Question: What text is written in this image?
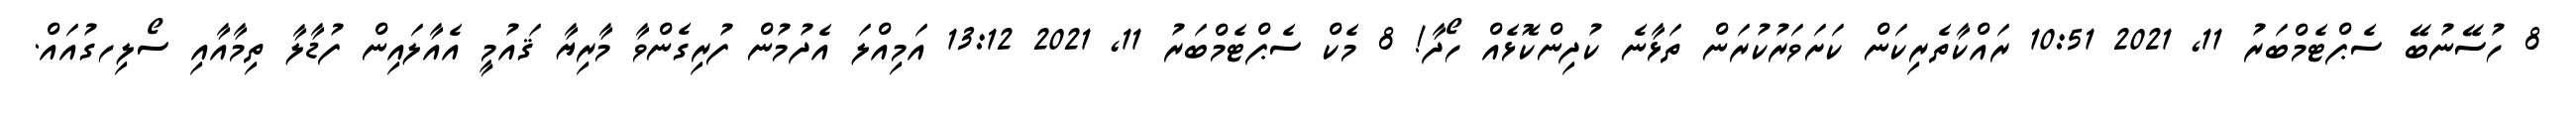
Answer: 8 ހުސޭނުބޭ ސެޕްޓެމްބަރު 11, 2021 10:51 ރައްކާތެރިކަން ކަށަވަރުކުރަން ތަޅާނެ ކުދިންކޮޅެއް ހޯދާ! 8 މެކް ސެޕްޓެމްބަރު 11, 2021 13:12 އަމިއްލަ އެދުމުން ފުރިގެންވާ މާރިޔާ ޤައުމީ އެއާލައިން ފުޑާލާ ތިމާއާއި ސޯލިހގުއައް.